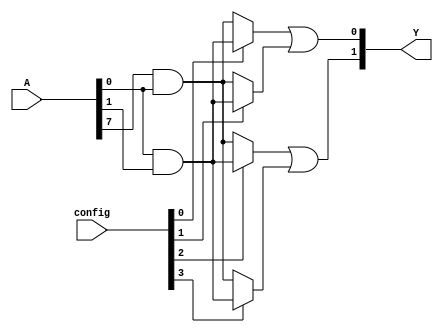
module SPAL (
    input  wire [N-1:0]  A,          // N input signals
    input  wire [M-1:0]  config,     // Configuration for AND gates
    output wire [P-1:0]  Y           // P output signals
);
    
    parameter N = 8; // Number of input signals (A, B, C, ..., H)
    parameter M = 4; // Number of AND gates
    parameter P = 2; // Number of output signals (Y1, Y2)

    // Programmable AND gates
    wire [M-1:0] and_outputs; // Outputs from the AND gates

    // Generate the programmable AND array
    genvar i;
    generate
        for (i = 0; i < M; i = i + 1) begin: and_gates
            assign and_outputs[i] = 
                (config[i] == 1'b1) ? (A[0] & A[1]) : // Example product term
                (config[i] == 2'b10) ? (A[2] & ~A[3]) : // Another example
                (config[i] == 2'b11) ? (A[4] & A[5] & ~A[6]) : // Example
                (config[i] == 2'b00) ? (A[7] & A[0]) : 1'b0; // Example unused
        end
    endgenerate

    // Fixed OR array
    assign Y[0] = and_outputs[0] | and_outputs[1]; // Example OR gate
    assign Y[1] = and_outputs[2] | and_outputs[3]; // Example OR gate

endmodule